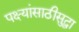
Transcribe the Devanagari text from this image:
पक्ष्यांसाठीसुद्धा